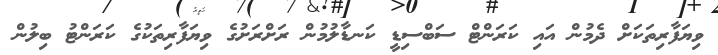
ވިޔަފާރިތަކަށް ދެމުން އައި ކަރަންޓް ސަބްސިޑީ ކަނޑާލުމުން ރަށްރަށުގެ ވިޔަފާރިތަކުގެ ކަރަންޓު ބިލުން